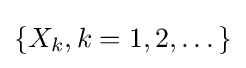
{\textstyle \{X_{k},k=1,2,\dots \}}